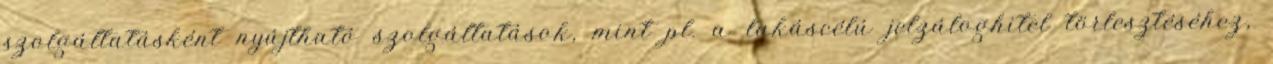
szolgáltatásként nyújtható szolgáltatások, mint pl. a lakáscélú jelzáloghitel törlesztéséhez,